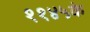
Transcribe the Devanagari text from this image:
११४५के